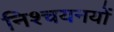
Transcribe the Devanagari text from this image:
निश्चयनयों